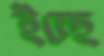
ইচ্ছে